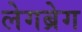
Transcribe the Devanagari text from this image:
लेगब्रेग